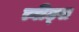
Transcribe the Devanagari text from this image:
त्वीट्स